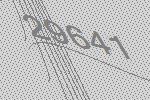
29641